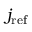
j _ { \mathrm { r e f } }